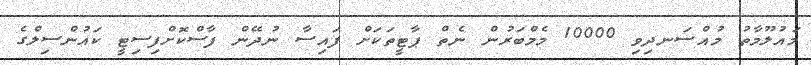
މައުލޫމާތު މުއްސަނދިވި 10000 މެމްބަރުން ނެތް ޕާޓީތަކަށް ފައިސާ ނުދޭން ފާސްކޮށްފިސިޓީ ކައުންސިލްގެ